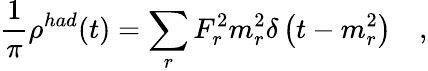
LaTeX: \frac{1}{\pi}\rho^{had}(t)=\sum_{r}F_{r}^{2}m_{r}^{2}\delta\left(t-m_{r}^{2}\right)\quad,